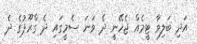
އަދި ބަލިވާ ޓީމެއް ޖެހޭނީ ދެ ވަނަ ސެމީގައި ދެ ގްރޫޕުގެ ދެ